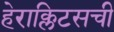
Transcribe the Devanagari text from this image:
हेराक्लिटसची